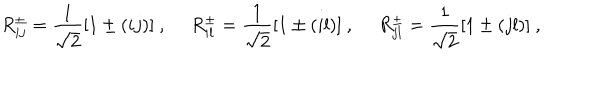
R _ { i j } ^ { \pm } = \frac { 1 } { \sqrt { 2 } } [ 1 \pm ( i j ) ] ~ , ~ ~ R _ { i l } ^ { \pm } = \frac { 1 } { \sqrt { 2 } } [ 1 \pm ( i l ) ] ~ , ~ ~ R _ { j l } ^ { \pm } = \frac { 1 } { \sqrt { 2 } } [ 1 \pm ( j l ) ] ~ ,